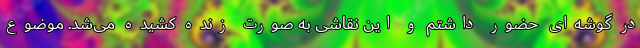
در گوشه‌ای حضور داشتم و این نقاشی به صورت زنده کشیده می‌شد. موضوع